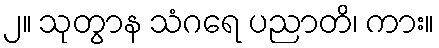
၂။ သုတွာန သံဂရေ ပညာတိ၊ ကား။